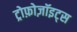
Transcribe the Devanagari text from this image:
ट्रोफ़ोज़ॉइट्स